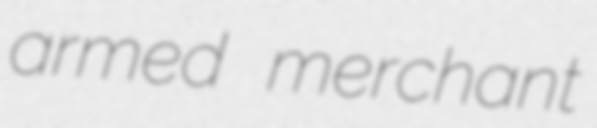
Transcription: armed merchant